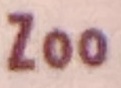
Zoo